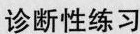
诊断性练习